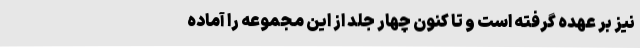
نیز بر عهده گرفته ‌است و تا کنون چهار جلد از این مجموعه را آماده